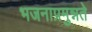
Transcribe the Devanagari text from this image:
भजनाप्रमुन्नते